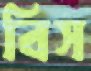
বিস